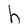
Character: h